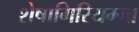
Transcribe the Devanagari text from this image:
शेषागिरियम्मा